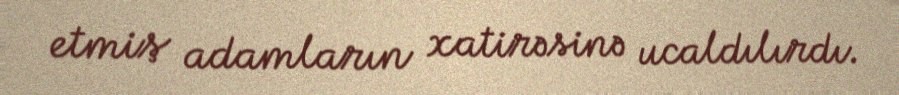
etmiş adamların xatirəsinə ucaldılırdı.